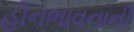
હીનભાવનાની